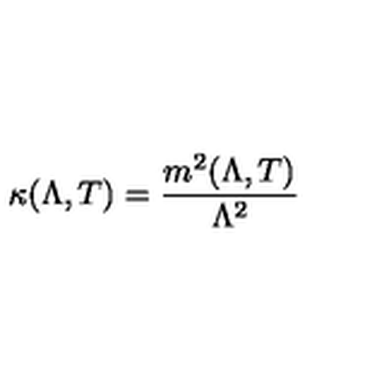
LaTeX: \kappa ( \Lambda , T ) = \frac { m ^ { 2 } ( \Lambda , T ) } { \Lambda ^ { 2 } }